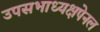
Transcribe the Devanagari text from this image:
उपसभाध्यक्षपेनल